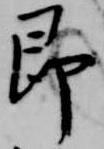
即